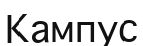
Кампус